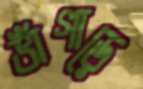
ভাঁগাড়ে